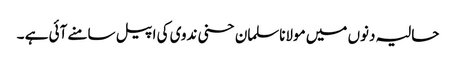
حالیہ دنوں میں مولاناسلمان حسنی ندوی کی اپیل سامنے آئی ہے ۔